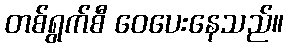
တစ်ရွက်စီ ဝေပေးနေသည်။